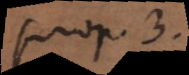
prop. 3.